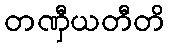
တဏှီယတီတိ